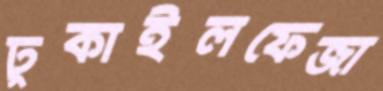
ঢুকাইলফেজা